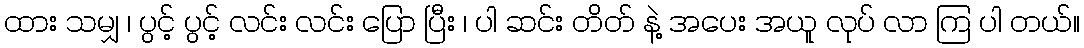
ထား သမျှ ၊ ပွင့် ပွင့် လင်း လင်း ပြော ပြီး ၊ ပါ ဆင်း တိတ် နဲ့ အပေး အယူ လုပ် လာ ကြ ပါ တယ်။